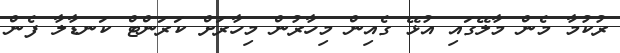
ރުކުމާ މެން މާލޭގައި އުޅޭ ގެއިން މިހާރުން މިހާރަށް ކަރަންޓް ކަނޑާލާ ފެން